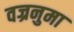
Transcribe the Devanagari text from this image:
वज्रनुमा